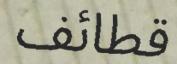
قطائف